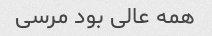
همه عالی بود مرسی